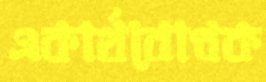
একার্থবোধক